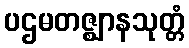
ပဌမတဇ္ဈာနသုတ္တံ